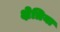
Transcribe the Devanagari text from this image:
क्षेत्रिया